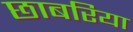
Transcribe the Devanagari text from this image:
छाबरिया